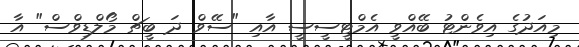
މިއަދުގެ އިވެންޓު ބޭއްވީ އެމްޓީސީސީ އާއި "ސޭވް ދަ ބީޗް މޯލްޑިވްސް" އާ